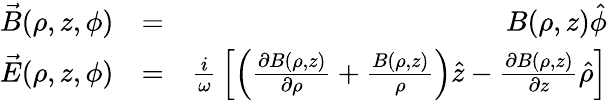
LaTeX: \begin{array}{rlr}{\vec{B}(\rho,z,\phi)}&{=}&{B(\rho,z)\hat{\phi}}\\ {\vec{E}(\rho,z,\phi)}&{=}&{{\frac{i}{\omega}}\left[\left({\frac{\partial B(\rho,z)}{\partial\rho}}+{\frac{B(\rho,z)}{\rho}}\right)\hat{z}-{\frac{\partial B(\rho,z)}{\partial z}}\hat{\rho}\right]}\end{array}